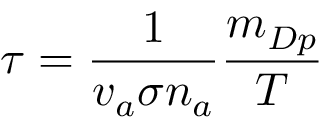
\tau = \frac { 1 } { v _ { a } \sigma n _ { a } } \frac { m _ { D p } } { T }